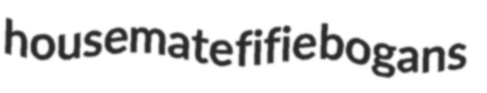
housemate fifie bogans